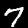
Label: 7